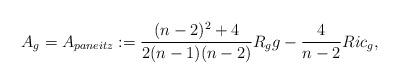
LaTeX: \begin{align*}A_g= A_{paneitz}:=\dfrac{(n-2)^2+4}{2(n-1)(n-2)}R_g g -\dfrac{4}{n-2}Ric_g,\end{align*}